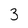
Character: 3